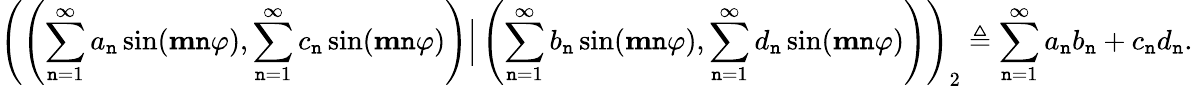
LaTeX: \left(\left(\sum_{\mathtt{n}=1}^{\infty}a_{\mathtt{n}}\sin(\mathbf{{m}}\mathtt{n}\varphi),\sum_{\mathtt{n}=1}^{\infty}c_{\mathtt{n}}\sin(\mathbf{{m}}\mathtt{n}\varphi)\right)\Big|\left(\sum_{\mathtt{n}=1}^{\infty}b_{\mathtt{n}}\sin(\mathbf{{m}}\mathtt{n}\varphi),\sum_{\mathtt{n}=1}^{\infty}d_{\mathtt{n}}\sin(\mathbf{{m}}\mathtt{n}\varphi)\right)\right)_{2}\triangleq\sum_{\mathtt{n}=1}^{\infty}a_{\mathtt{n}}b_{\mathtt{n}}+c_{\mathtt{n}}d_{\mathtt{n}}.